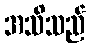
အသိသည်